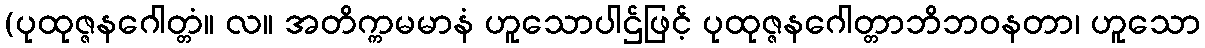
(ပုထုဇ္ဇနဂေါတ္တံ။ လ။ အတိက္ကမမာနံ ဟူသောပါဌ်ဖြင့် ပုထုဇ္ဇနဂေါတ္တာဘိဘဝနတာ၊ ဟူသော